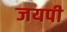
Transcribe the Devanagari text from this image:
जयपी